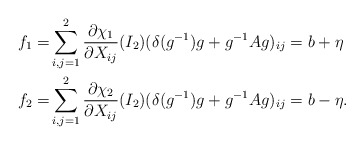
\begin{align*}f_1=&\sum_{i,j=1}^2 \frac{\partial \chi_1}{\partial X_{ij}}(I_2)(\delta(g^{-1})g+g^{-1}A g)_{ij}=b+\eta \\f_2=&\sum_{i,j=1}^2 \frac{\partial \chi_2}{\partial X_{ij}}(I_2)(\delta(g^{-1})g+g^{-1}A g)_{ij}=b-\eta.\end{align*}